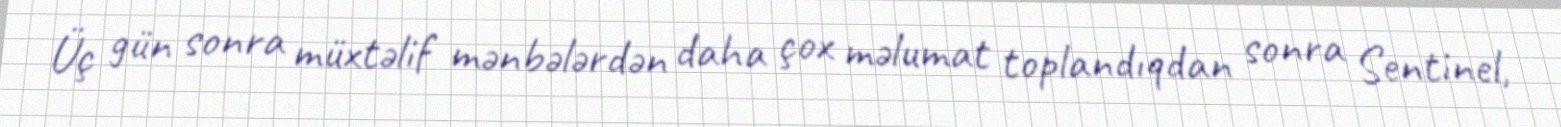
Üç gün sonra müxtəlif mənbələrdən daha çox məlumat toplandıqdan sonra Sentinel,